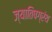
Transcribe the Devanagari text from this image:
ज्यातिषग्रंथ